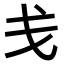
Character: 戋